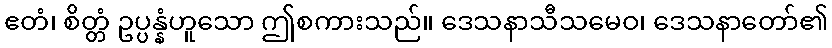
ဧတံ၊ စိတ္တံ ဥပ္ပန္နံဟူသော ဤစကားသည်။ ဒေသနာသီသမေဝ၊ ဒေသနာတော်၏